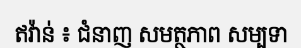
ឥវ៉ាន់ ៖ ជំនាញ សមត្ថភាព សម្បទា